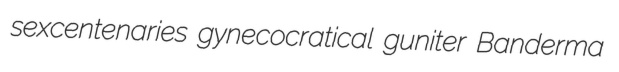
sexcentenaries gynecocratical guniter Banderma